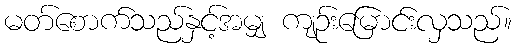
မတ်စောက်သည်နှင့်အမျှ ကျဉ်းမြောင်းလှသည်။